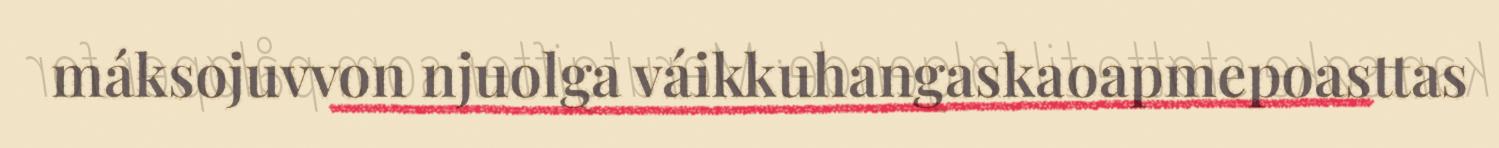
máksojuvvon njuolga váikkuhangaskaoapmepoasttas